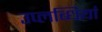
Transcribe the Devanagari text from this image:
उप्लब्धियां